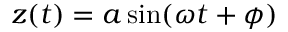
z ( t ) = a \sin ( \omega t + \phi )